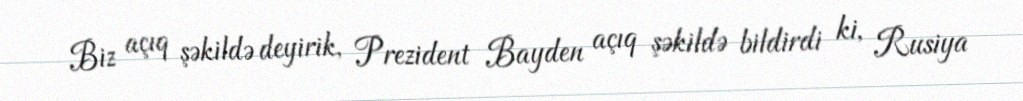
Biz açıq şəkildə deyirik, Prezident Bayden açıq şəkildə bildirdi ki, Rusiya